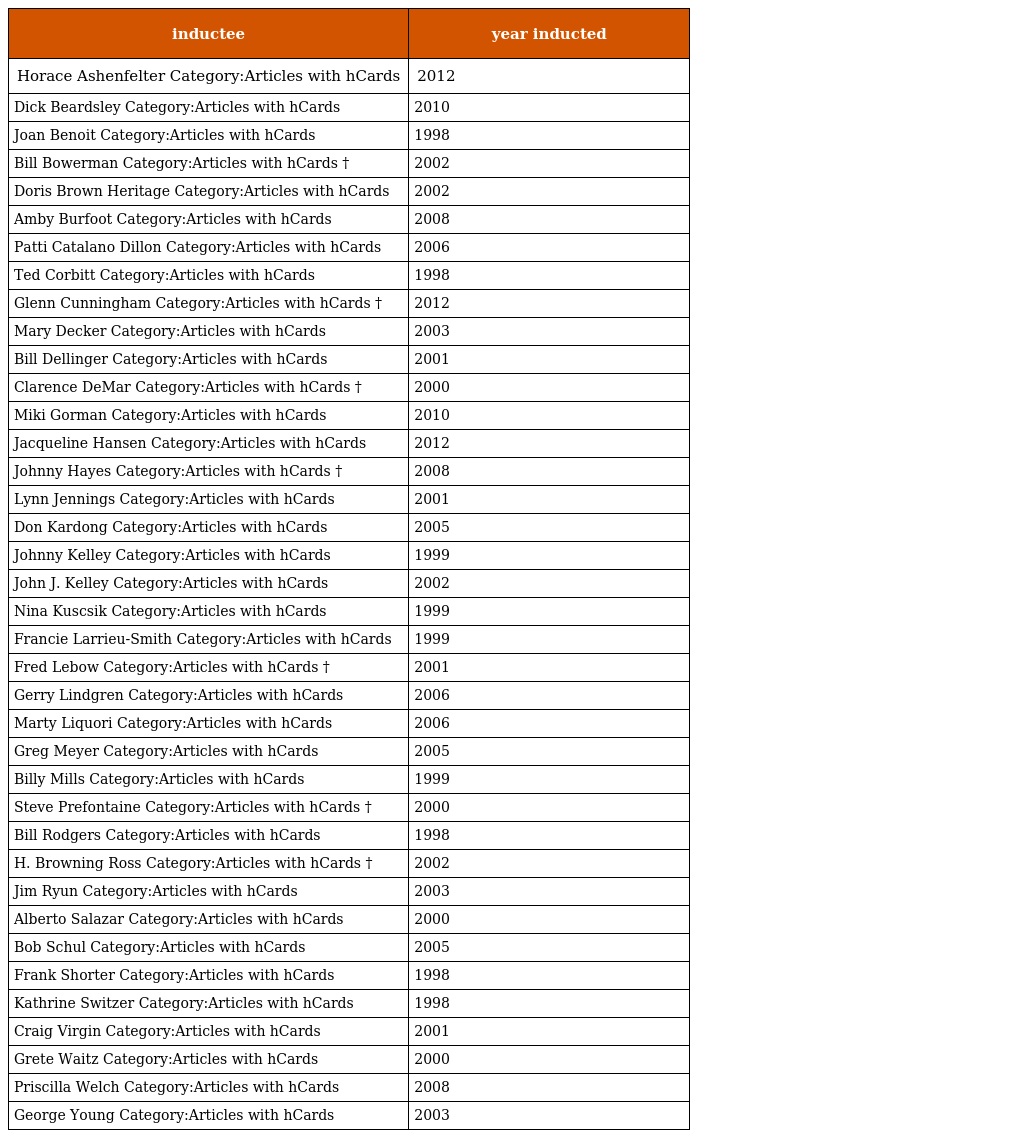
| inductee | year inducted |
 | --- | --- |
 | Horace Ashenfelter Category:Articles with hCards | 2012 |
 | Dick Beardsley Category:Articles with hCards | 2010 |
 | Joan Benoit Category:Articles with hCards | 1998 |
 | Bill Bowerman Category:Articles with hCards † | 2002 |
 | Doris Brown Heritage Category:Articles with hCards | 2002 |
 | Amby Burfoot Category:Articles with hCards | 2008 |
 | Patti Catalano Dillon Category:Articles with hCards | 2006 |
 | Ted Corbitt Category:Articles with hCards | 1998 |
 | Glenn Cunningham Category:Articles with hCards † | 2012 |
 | Mary Decker Category:Articles with hCards | 2003 |
 | Bill Dellinger Category:Articles with hCards | 2001 |
 | Clarence DeMar Category:Articles with hCards † | 2000 |
 | Miki Gorman Category:Articles with hCards | 2010 |
 | Jacqueline Hansen Category:Articles with hCards | 2012 |
 | Johnny Hayes Category:Articles with hCards † | 2008 |
 | Lynn Jennings Category:Articles with hCards | 2001 |
 | Don Kardong Category:Articles with hCards | 2005 |
 | Johnny Kelley Category:Articles with hCards | 1999 |
 | John J. Kelley Category:Articles with hCards | 2002 |
 | Nina Kuscsik Category:Articles with hCards | 1999 |
 | Francie Larrieu-Smith Category:Articles with hCards | 1999 |
 | Fred Lebow Category:Articles with hCards † | 2001 |
 | Gerry Lindgren Category:Articles with hCards | 2006 |
 | Marty Liquori Category:Articles with hCards | 2006 |
 | Greg Meyer Category:Articles with hCards | 2005 |
 | Billy Mills Category:Articles with hCards | 1999 |
 | Steve Prefontaine Category:Articles with hCards † | 2000 |
 | Bill Rodgers Category:Articles with hCards | 1998 |
 | H. Browning Ross Category:Articles with hCards † | 2002 |
 | Jim Ryun Category:Articles with hCards | 2003 |
 | Alberto Salazar Category:Articles with hCards | 2000 |
 | Bob Schul Category:Articles with hCards | 2005 |
 | Frank Shorter Category:Articles with hCards | 1998 |
 | Kathrine Switzer Category:Articles with hCards | 1998 |
 | Craig Virgin Category:Articles with hCards | 2001 |
 | Grete Waitz Category:Articles with hCards | 2000 |
 | Priscilla Welch Category:Articles with hCards | 2008 |
 | George Young Category:Articles with hCards | 2003 |